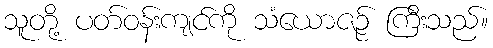
သူတို့ ပတ်ဝန်းကျင်ကို သံယောဇဉ် ကြီးသည်။